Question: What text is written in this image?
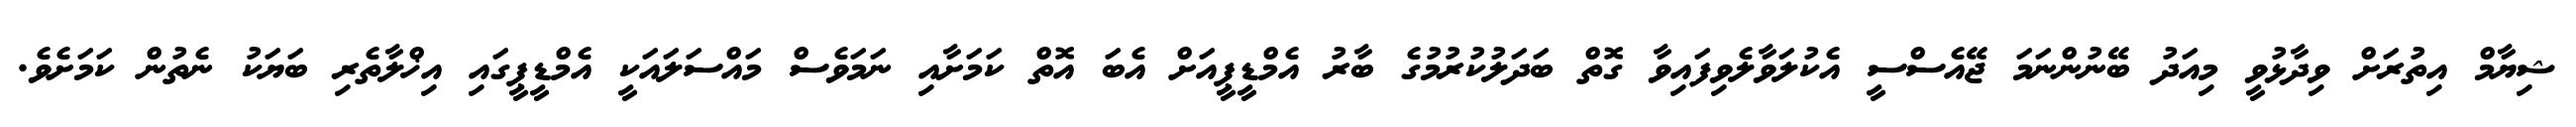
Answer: ޝިޔާމް އިތުރަށް ވިދާޅުވީ މިއަދު ބޭނުންނަމަ ޖޭއެސްސީ އެކުލަވާލެވިފައިވާ ގޮތް ބަދަލުކުރުމުގެ ބާރު އެމްޑީޕީއަށް އެބަ އޮތް ކަމަށާއި ނަމަވެސް މައްސަލައަކީ އެމްޑީޕީގައި އިޚްލާތެރި ބަޔަކު ނެތުން ކަމަށެވެ.